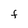
Character: F